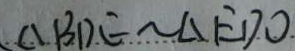
\Delta B D E \sim \Delta E D O